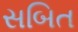
સબિત